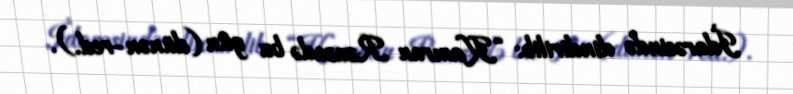
İdarəsində dindirilib: “Kamran Rzazadə bu gün (dünən-red.).